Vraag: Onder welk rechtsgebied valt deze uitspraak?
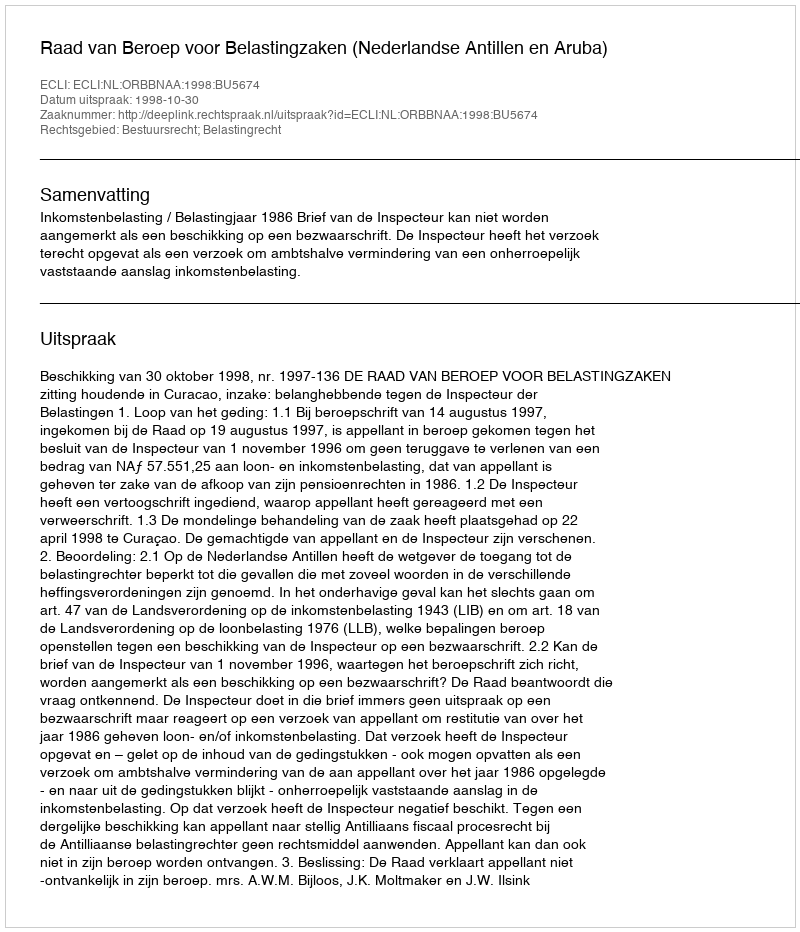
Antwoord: Bestuursrecht; Belastingrecht